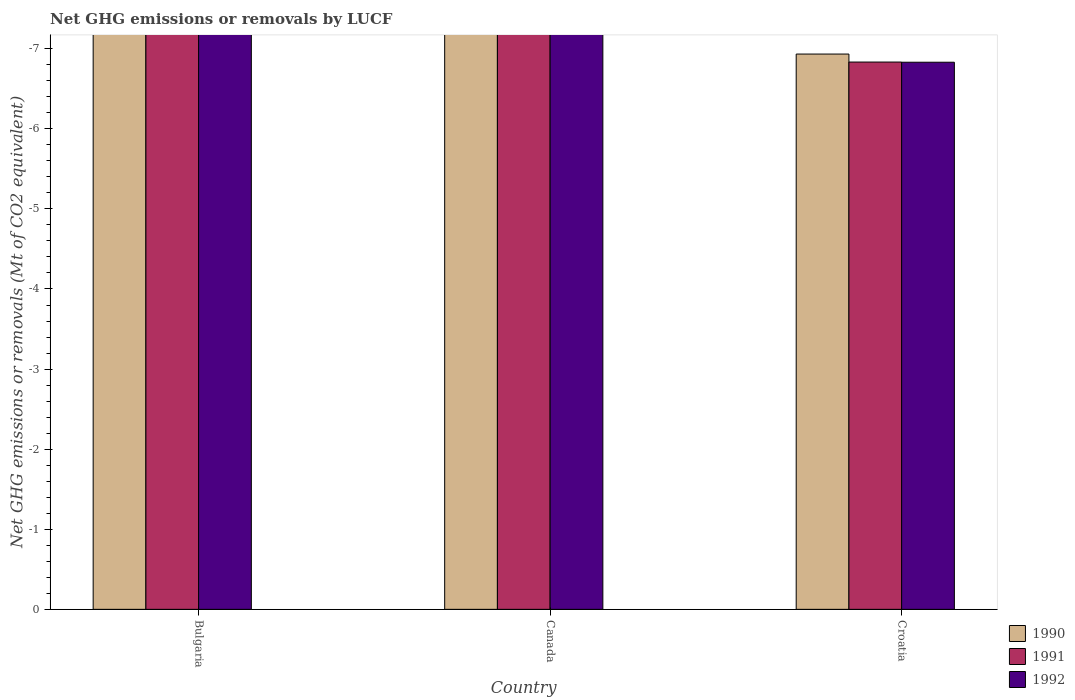
| Country | 1990 | 1991 | 1992 |
 | --- | --- | --- | --- |
 | Bulgaria | -13.8 | -13.7 | -13.3 |
 | Canada | -67.5 | -41.2 | -89.6 |
 | Croatia | -6.93 | -6.83 | -6.83 |